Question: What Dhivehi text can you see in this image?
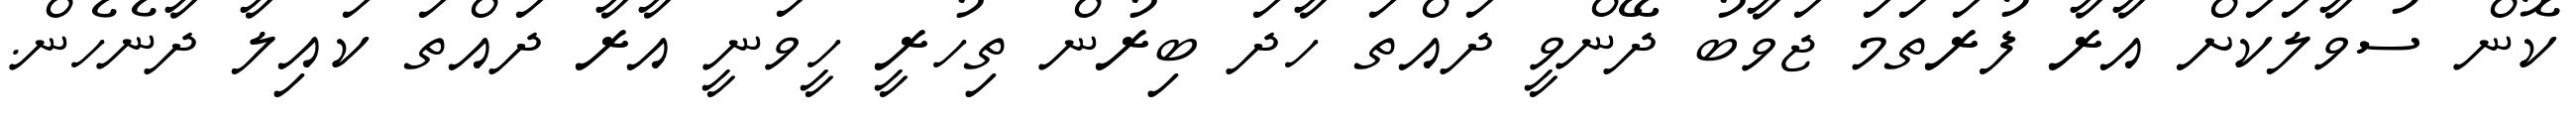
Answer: ކޮން ސުވާލަކަށް އާރާ ފުރަތަމަ ޖަވާބު ދޭންވީ ދައްތަ ހާދަ ބިރުން ތިހުރީ ހީވަނީ އާރާ ދައްތަ ކައިލާ ދާނެހެން.